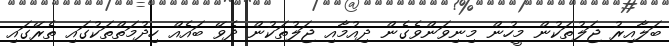
ބަލާއިރު ޖަލުތަކުން މީހުން މިނިވަންވެގެން ދިއުމާއި ޖަލުތަކުން ދެވޭ ބައެއް ހިދުމަތްތަކުގައި ތެރޭގައި